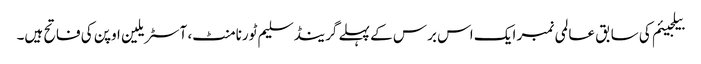
بیلجیئم کی سابق عالمی نمبر ایک اس برس کے پہلے گرینڈ سلیم ٹورنامنٹ، آسٹریلین اوپن کی فاتح ہیں۔